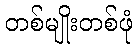
တစ်မျိုးတစ်ဖုံ